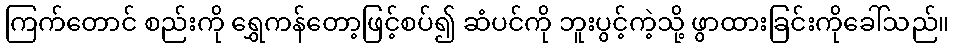
ကြက်တောင် စည်းကို ရွှေကန်တော့ဖြင့်စပ်၍ ဆံပင်ကို ဘူးပွင့်ကဲ့သို့ ဖွာထားခြင်းကိုခေါ်သည်။